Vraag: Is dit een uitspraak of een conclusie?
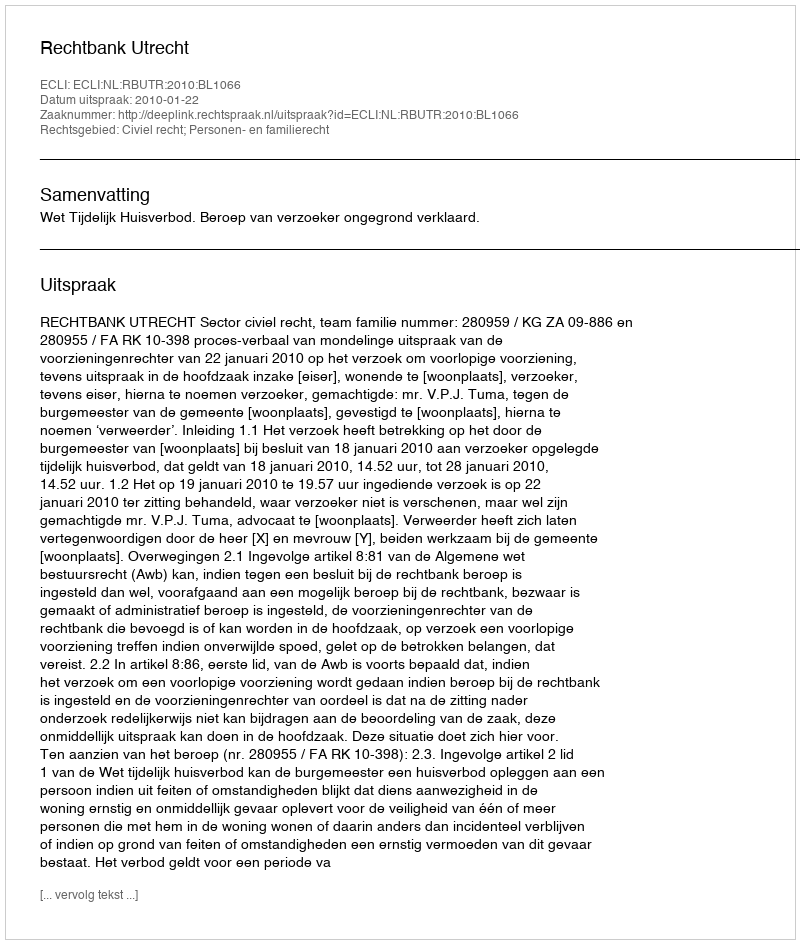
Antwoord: Uitspraak